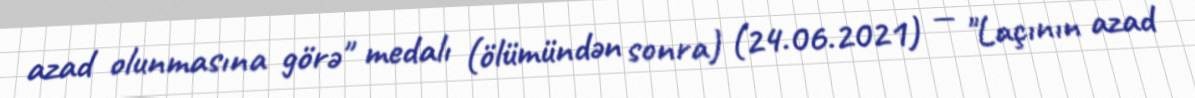
azad olunmasına görə" medalı (ölümündən sonra) (24.06.2021) — "Laçının azad